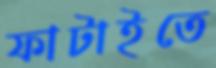
ফাটাইতে